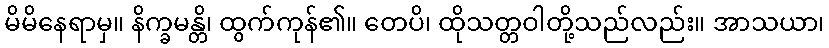
မိမိနေရာမှ။ နိက္ခမန္တိ၊ ထွက်ကုန်၏။ တေပိ၊ ထိုသတ္တဝါတို့သည်လည်း။ အာသယာ၊